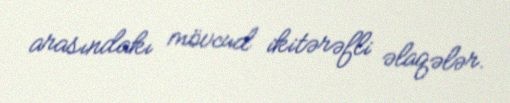
arasındakı mövcud ikitərəfli əlaqələr.